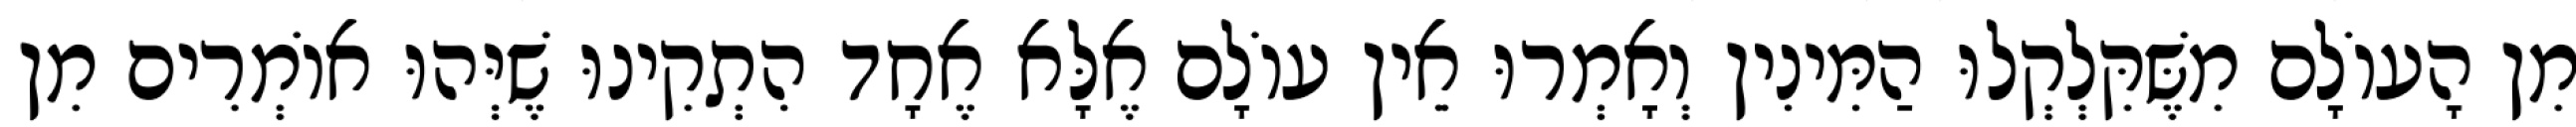
מִן הָעוֹלָם מִשֶּׁקִּלְקְלוּ הַמִּינִין וְאָמְרוּ אֵין עוֹלָם אֶלָּא אֶחָד הִתְקִינוּ שֶׁיְּהוּ אוֹמְרִים מִן